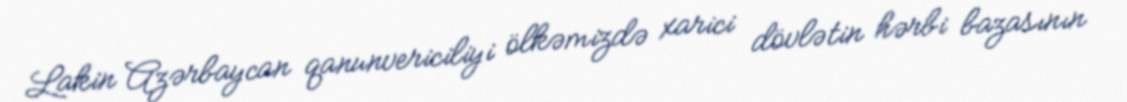
Lakin Azərbaycan qanunvericiliyi ölkəmizdə xarici dövlətin hərbi bazasının